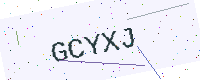
Text: GCYXJ